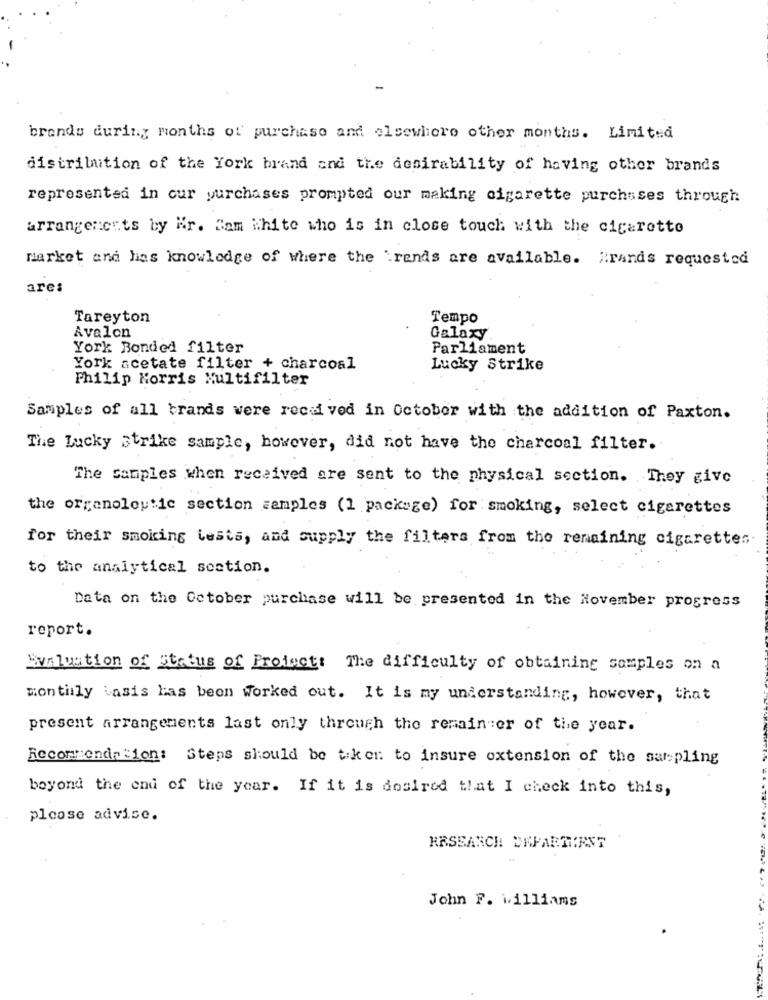
brands during months of purchase and elsewhere other months. Limited
distribution of the fork brand and the desirability of having other brands
represented in cur purchases prompted our making cigarette purchases through
arrangements by Mr. Cam White who is in close touch with the cicarotto
market and has knowledge of where the ".rends are available. Rrands requested
are:
Tareyton
Tempo
Avalon
Galaxy
York Bonded filter
Parliament
York acetate filter + charcoal
Lucky Strike
Philip Morris Multifilter
Samples of all brands were recei ved in October with the addition of Paxton.
The Lucky strike sample, however, did not have the charcoal filter.
The Samples when received are sent to the physical section. They give
the organoleptic section =amples (1 package) for smoking, select cigarettes
for their smoking tests, and supply the filters from the remaining cigarettes
to the analytical section.
Data on the October purchase will be presented in the November progress
report.
Evaluation of Status of Project: The difficulty of obtaining samples on a
monthly basis has been worked out. It is my understanding, however, that
present arrangements last only through the remain er of the year.
Recommendation:
Steps should be tiker to insure extension of the sarpling
beyond the end of the year. If it is desired that I check into this,
please advise.
RESEARCH DEPARTIRET
John F. williams